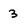
Character: 3